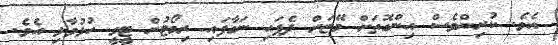
އެވެ. ކުރިންވެސް އިންގޮތަށް މޭޒަށް ދެފައި ނަގާފައި ރިމޯޓުން ޓީވީ ހުޅުވާލި އެވެ.